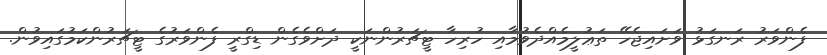
ފެންވަރު ރަނގަޅު ވަށައިޖެހޭ ތަޢުލީމެއްދެވުމާއި ހުރިހާ ޓީޗަރުންނަކީ ދަށްވެގެން ޑިގްރީ ފެންވަރުގެ ޓީޗަރުންކަމުގައިވުން.